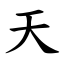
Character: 天